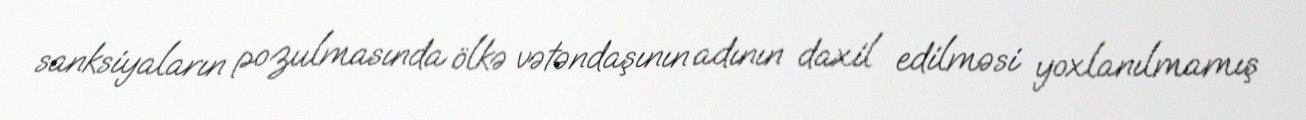
sanksiyaların pozulmasında ölkə vətəndaşının adının daxil edilməsi yoxlanılmamış